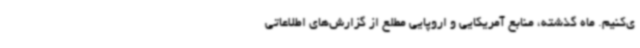
ی‌کنیم. ماه گذشته، منابع آمریکایی و اروپایی مطلع از گزارش‌های اطلاعاتی